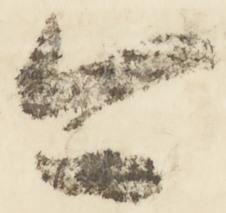
今